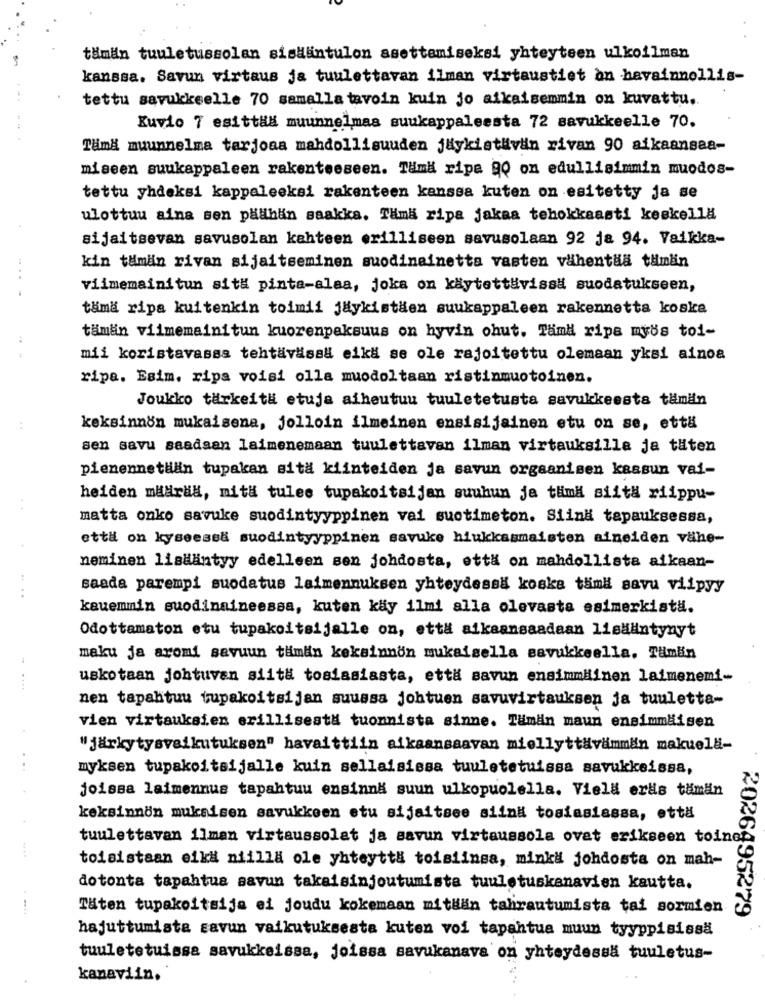
tämän tuuletussolan sisHäntulon asettemiseksi yhteyteen ulkoilman
kanssa. Savun virtaus ja tuulettavan ilman virtaustiet an havainnollis-
tettu savukkeelle 70 samalla tavoin kuin jo aikaisemmin on kuvattu ..
Kuvio 7 esittia muunnelmas suukappaleesta 72 savukkeelle 70.
Tämä muunnelma tarjoaa mahdollisuuden jaykist#vin rivan 90 aikaansaa-
miseen suukappaleen rakenteeseen. Tämä ripe 90 on edullisimmin muodos-
tettu yhdeksi kappaleeksi rakenteen kanssa kuten on esitetty ja se
ulottuu aina sen padhan saakka. Tama ripa jakaa tehokkaasti keskella
sijaitsevan savusolan kahteen erilliseen savusolaan 92 ja 94. Vaikka-
kin tämän rivan sijaitseminen suodinainetta vasten vähentää tämän
....
viimemainitun situ pinta-alaa, joka on käytettivissa suodatukseen,
tama ripa kuitenkin toimii jaykistaen suukappaleen rakennetta koska
tämän viimemainitun kuorenpaksuus on hyvin ohut. Tamd ripa myös toi-
mii koristavassa tehtäväsal eika se ole rajoitettu olemaan yksi ainoa
ripa. Esim. ripa voisi olla muodoltaan ristinmuotoinen.
Joukko tärkeit# etuja aiheutuu tuuletetusta savukkeesta tämän
keksinnön mukaisena, jolloin ilmeinen ensisijainen etu on se, että
sen savu saadaan laimenemaan tuulettavan ilman virtauksilla ja täten
pienennetlian tupakan sita kiinteiden ja savun orgaanisen kaasun vai-
heiden madrid, mita tules tupakoitsijan suuhun ja tuima siita riippu-
matta onko savuke suodintyyppinen vai suotimeton. Siind tapauksessa,
että on kyseessi suodintyyppinen savuke hlukkasmaisten aineiden vähe-
neminen lisääntyy edelleen sen johdosta, että on mahdollista aikaan-
saada parempi suodatus laimennuksen yhteydessä koska tämä savu viipyy
..
kauemmin suodinaineessa, kuten kay ilmi alla olevasta esimerkista.
Odottamaton etu tupakoltsijalle on, että aikaansaadaan lisääntynyt
maku ja aromi savuun tumin keksinnon mukaisella savukkeella, Tämän
uskotaan johtuvan siitä tosiasiasta, että savun ensimmäinen laimenemi-
nen tapahtuu tupakoitsijan suussa johtuen savuvirtauksen ja tuuletta-
vien virtauksien erillisesta tuonnista sinne. Tämän maun ensimmäisen
"järkytysvaikutuksen" havaittiin aikaansaavan miellyttävämmän makuelli-
myksen tupakoltsijalle kuin sellaisissa tuuletetuissa savukkeissa,
joissa laimennus tapahtuu ensinnA suun ulkopuolella. Viell eras tämän
keksinnön mukaisen savukkeen etu sijaitsee siina tosiasiassa, että
tuulettavan ilman virtaussolat ja savun virtaussola ovat erikseen toinet
tolsistaan eiki niilla ole yhteyttä toisiinsa, minka johdosta on mah-
dotonta tapahtua savun takaisinjoutumista tuuletuskanavien kautta.
Täten tupakoltsija ei joudu kokemaan mitHan tahrautumista tai sormien
2026495279
hajuttumista savun vaikutuksesta kuten voi tapahtua muun tyyppisissä
tuuletetuissa savukkeissa, joissa savukanava on yhteydessa tuuletus-
kanaviin,